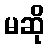
မဆို